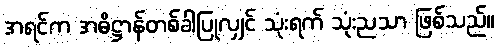
အရင်က အဓိဋ္ဌာန်တစ်ခါပြုလျှင် သုံးရက် သုံးညသာ ဖြစ်သည်။